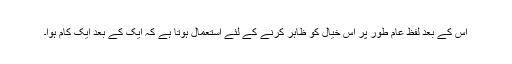
اس کے بعد لفظ عام طور پر اس خیال کو ظاہر کرنے کے لئے استعمال ہوتا ہے کہ ایک کے بعد ایک کام ہوا۔